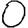
Digit: 0